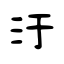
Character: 汙